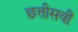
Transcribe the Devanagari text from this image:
छत्तीसवीं